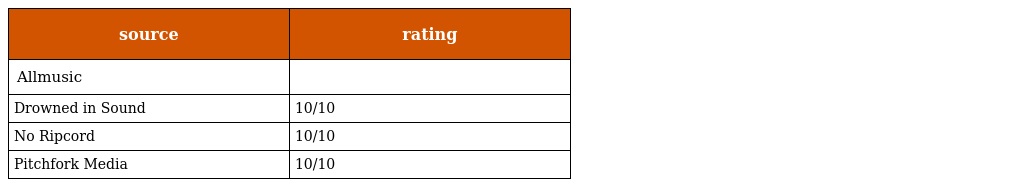
| source | rating |
 | --- | --- |
 | Allmusic |  |
 | Drowned in Sound | 10/10 |
 | No Ripcord | 10/10 |
 | Pitchfork Media | 10/10 |